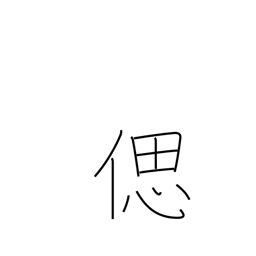
Meaning: recollect